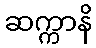
ဆက္ကာနိ